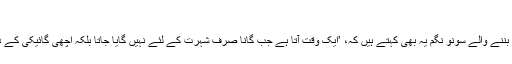
‘
شاہ رخ خان، رہیتک روشن اور سلمان خان جیسے میگا اسٹارز کی آواز بننے والے سونو نگم یہ بھی کہتے ہیں کہ، ’ایک وقت آتا ہے جب گانا صرف شہرت کے لئے نہیں گایا جاتا بلکہ اچھی گائیکی کے ذریعے کسی کام کی امنگ جگانے کے لئے بھی گیت گائے جاتے ہیں ۔